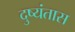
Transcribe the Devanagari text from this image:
दुष्यंतास